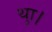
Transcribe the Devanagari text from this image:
थाु।